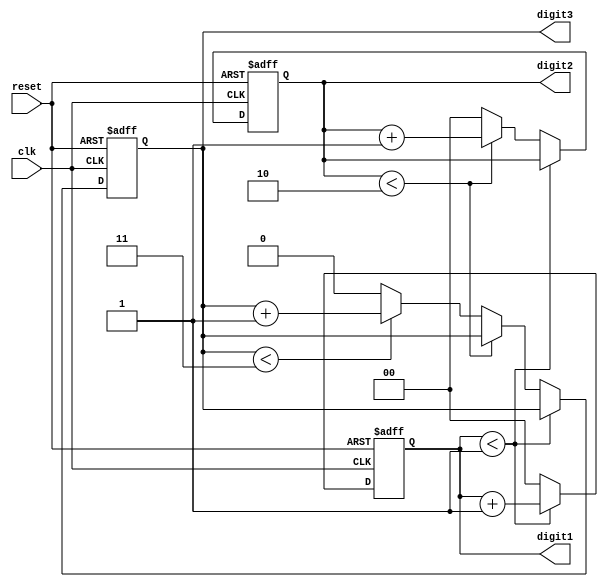
module mixed_radix_counter (
    input wire clk,               // Clock input
    input wire reset,             // Asynchronous reset
    output reg [1:0] digit1,      // Digit 1 (Base 2)
    output reg [1:0] digit2,      // Digit 2 (Base 3)
    output reg [1:1] digit3       // Digit 3 (Base 4)
);

    // Radix definitions
    localparam RADIX1 = 2; // Base 2
    localparam RADIX2 = 3; // Base 3
    localparam RADIX3 = 4; // Base 4

    always @(posedge clk or posedge reset) begin
        if (reset) begin
            // Reset all digits to zero
            digit1 <= 0;
            digit2 <= 0;
            digit3 <= 0;
        end else begin
            // Increment digit1 (Base 2)
            if (digit1 < RADIX1 - 1) begin
                digit1 <= digit1 + 1;
            end else begin
                digit1 <= 0; // Reset digit1
                // Increment digit2 (Base 3)
                if (digit2 < RADIX2 - 1) begin
                    digit2 <= digit2 + 1;
                end else begin
                    digit2 <= 0; // Reset digit2
                    // Increment digit3 (Base 4)
                    if (digit3 < RADIX3 - 1) begin
                        digit3 <= digit3 + 1;
                    end else begin
                        digit3 <= 0; // Reset digit3
                    end
                end
            end
        end
    end
endmodule